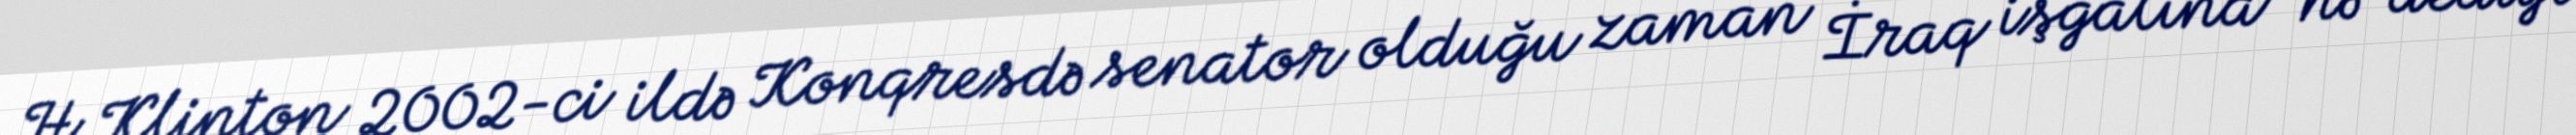
H.Klinton 2002-ci ildə Konqresdə senator olduğu zaman İraq işğalına “hə” dediyi